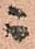
ニ